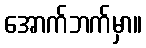
အောက်ဘက်မှာ။